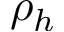
\rho _ { h }